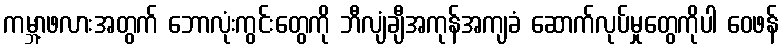
ကမ္ဘာ့ဖလားအတွက် ဘောလုံးကွင်းတွေကို ဘီလျံချီအကုန်အကျခံ ဆောက်လုပ်မှုတွေကိုပါ ဝေဖန်